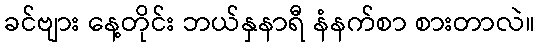
ခင်ဗျား နေ့တိုင်း ဘယ်နှနာရီ နံနက်စာ စားတာလဲ။